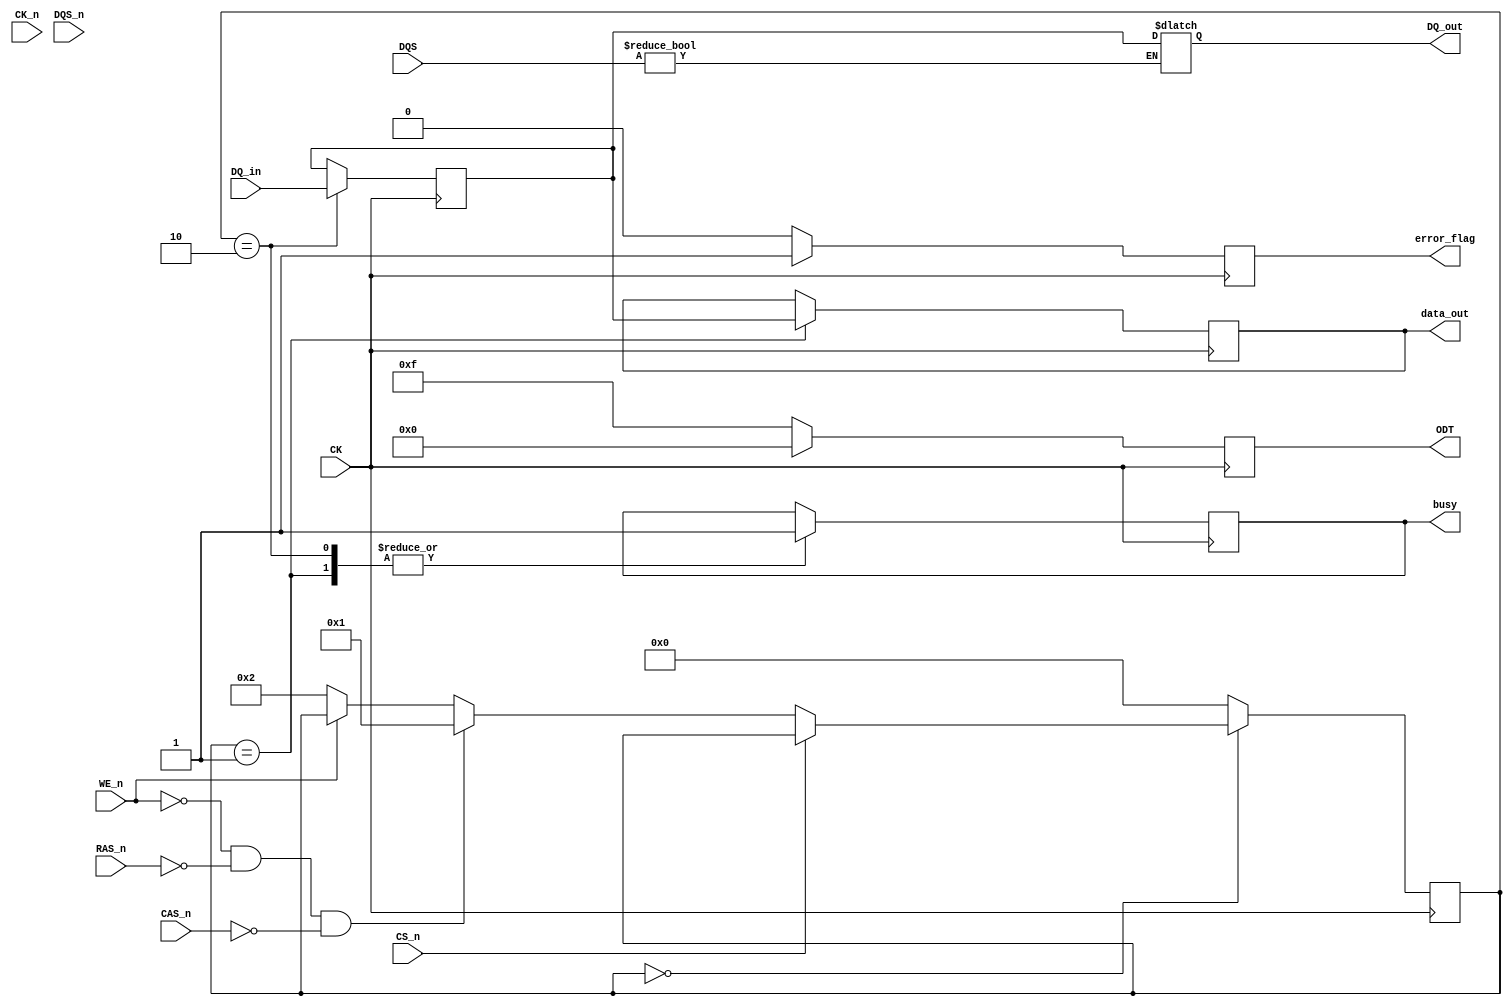
module GDDR5X_IO_Block(
    // Clock inputs
    input wire CK,
    input wire CK_n,
    
    // Data interface
    input wire [63:0] DQ_in,      // Data input (64 bits)
    output reg [63:0] DQ_out,     // Data output (64 bits)
    
    // Command interface
    input wire CS_n,              // Chip select
    input wire RAS_n,             // Row address strobe
    input wire CAS_n,             // Column address strobe
    input wire WE_n,              // Write enable
    
    // Other control signals
    input wire [3:0] DQS,         // Data strobe
    input wire [3:0] DQS_n,       // Inverted data strobe
    output reg [3:0] ODT,         // On-die termination    
    output reg error_flag,        // Error flag for ECC
    output reg [63:0] data_out,   // Output data for debug
    output reg busy               // Busy signal
);

// Parameters
parameter DATA_RATE = 14; // Gbps
parameter VOLTAGE_LEVEL = 1.35; // Low voltage level

// Internal signals
reg [63:0] data_buffer; // Buffer for data
reg [7:0] state; // Current state for FSM
parameter IDLE = 8'h00, READ = 8'h01, WRITE = 8'h02, REFRESH = 8'h03;
  
// Process to manage data transfer, clock alignment and state machine
always @(posedge CK) begin
    case (state)
        IDLE: begin
            if (~CS_n) begin // If chip is selected
                if (~WE_n && ~RAS_n && ~CAS_n) 
                    state <= READ; // Read operation
                else if (~WE_n) 
                    state <= WRITE; // Write operation
            end
        end
      
        READ: begin
            // Align data with clock edge and output
            data_out <= data_buffer;
            busy <= 1;
            state <= IDLE; // Go back to idle after read
        end 

        WRITE: begin
            data_buffer <= DQ_in; // Capture input data
            busy <= 1;
            state <= IDLE; // Go back to idle after write
        end 
        
        // Additional states for refresh and error checking
        REFRESH: begin
            // Logic for refresh can go here
            state <= IDLE;
        end

        default: state <= IDLE; // State machine default
    endcase
end

// Error correction logic (simplified)
always @(posedge CK) begin
    if (error_condition_detected) begin // Condition to check errors
        error_flag <= 1; // Signal an error
        // Additional ECC logic to correct errors can go here
    end else begin
        error_flag <= 0;
    end    
end

// Output data based on DQS strobe
always @(DQS) begin
    if (DQS) begin
        DQ_out <= data_buffer; // Output data when DQS is high
    end
end

// Power management logic
always @(posedge CK) begin
    // Sample dynamic voltage scaling and clock gating here
    if (power_save_condition) begin
        ODT <= 4'b0000; // Disable output driver
    end else begin
        ODT <= 4'b1111; // Enable output driver
    end
end

endmodule